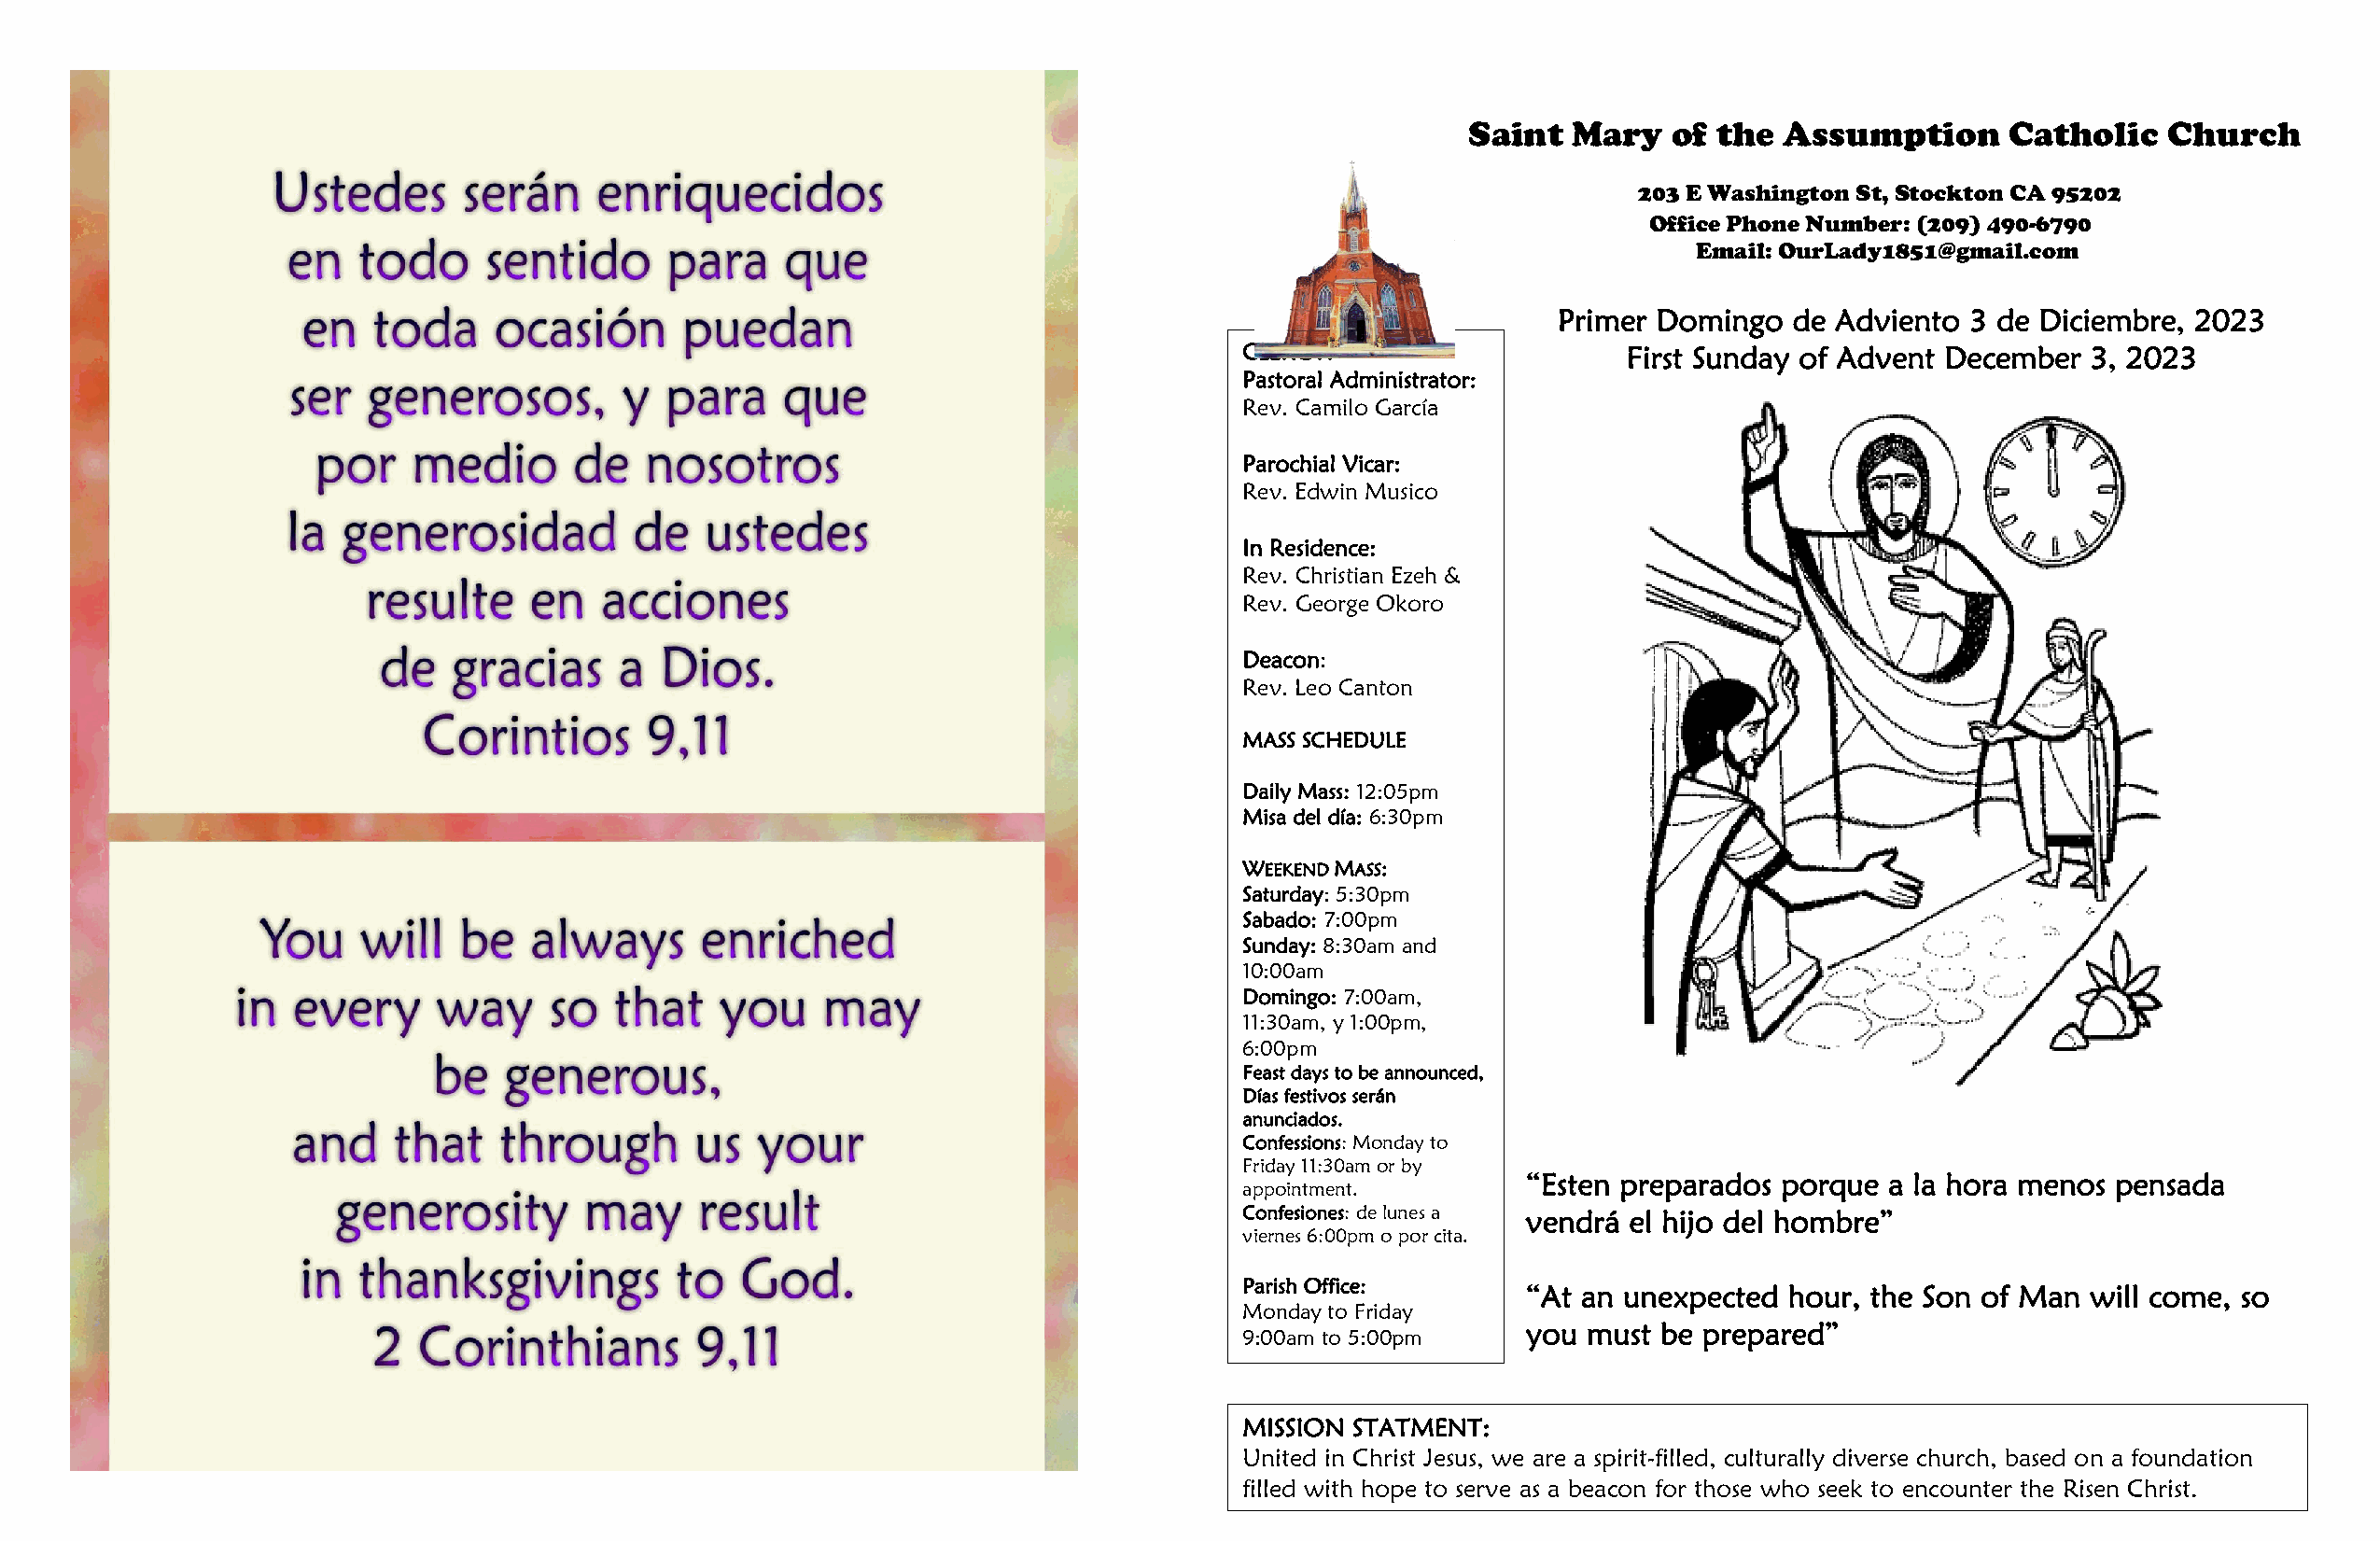
Saint  Mary    of the  Assumption     Catholic    Church
 203 E Washington St, Stockton CA 95202
 Office Phone Number: (209) 490-6790
 Email: OurLady1851@gmail.com
 Primer Domingo   de Adviento  3 de Diciembre, 2023
 CLERGY:                    First Sunday of Advent December  3, 2023
 Pastoral Administrator:
 Rev. Camilo García
 Parochial Vicar:
 Rev. Edwin Musico
 In Residence:
 Rev. Christian Ezeh &
 Rev. George Okoro
 Deacon:
 Rev. Leo Canton
 MASS SCHEDULE
 Daily Mass: 12:05pm
 Misa del día: 6:30pm
 WEEKEND MASS:
 Saturday: 5:30pm
 Sabado: 7:00pm
 Sunday: 8:30am and
 10:00am
 Domingo: 7:00am,
 11:30am, y 1:00pm,
 6:00pm
 Feast days to be announced,
 Días festivos serán
 anunciados.
 Confessions: Monday to
 Friday 11:30am or by
 “Esten preparados porque  a la hora menos pensada
 appointment.
 Confesiones: de lunes a vendrá el hijo del hombre”
 viernes 6:00pm o por cita.
 Parish Office:
 “At an unexpected  hour, the Son of Man will come, so
 Monday to Friday
 you  must be prepared”
 9:00am to 5:00pm
 MISSION STATMENT:
 United in Christ Jesus, we are a spirit-filled, culturally diverse church, based on a foundation
 filled with hope to serve as a beacon for those who seek to encounter the Risen Christ.